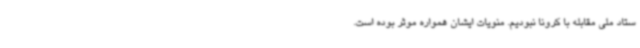
ستاد ملی مقابله با کرونا نبودیم. منویات ایشان همواره موثر بوده است.